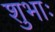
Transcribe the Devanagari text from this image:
शुभाः